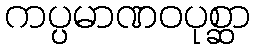
ကပ္ပမာဏဝပုစ္ဆာ